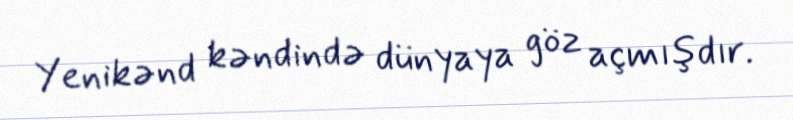
Yenikənd kəndində dünyaya göz açmışdır.